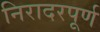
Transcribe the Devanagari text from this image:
निरादरपूर्ण